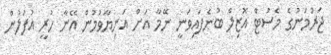
ޖަރުމަނުގެ މެސުޓް އޮޒިލް ބުނެފައިވަނީ ނޭމާ އަށް އަނިޔާވުމުން އޭނާ ހުރީ އުފަލުން